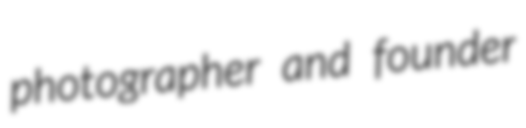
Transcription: photographer and founder